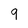
Character: 9